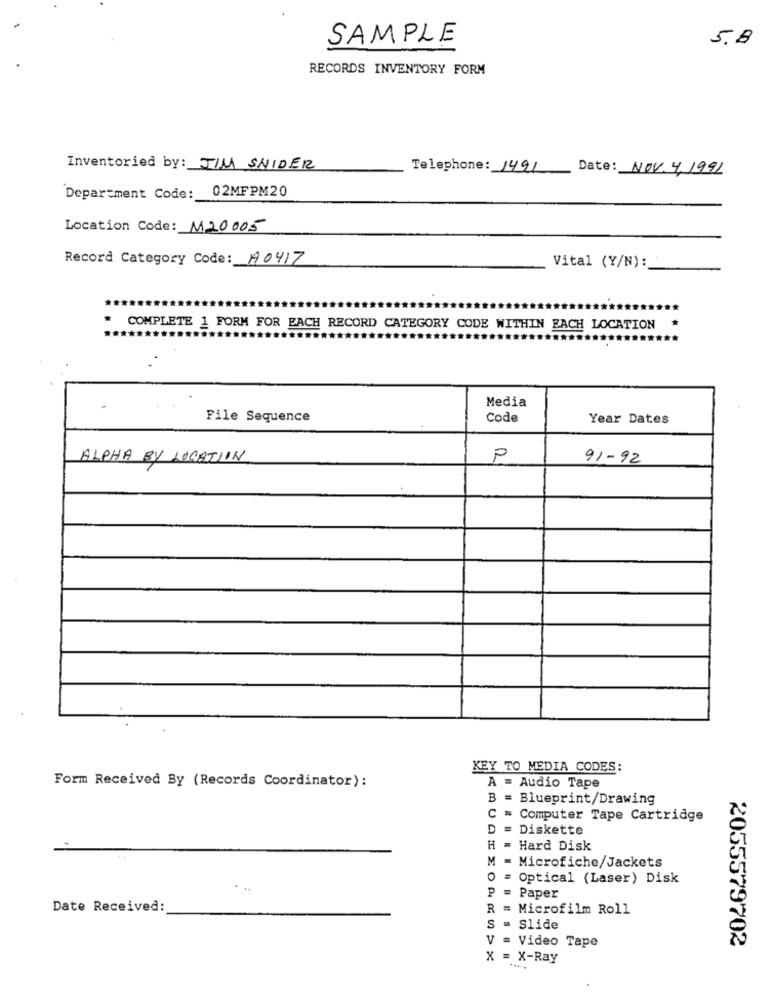
SAMPLE
5.8
RECORDS INVENTORY FORM
Inventoried by: JIM SNIDER
Telephone: 1491
Date: NOV. 4. 1991
Department Code: 02MFPM20
Location Code: M20005
Record Category Code: 1A0417
Vital (Y/N):
COMPLETE 1 FORM FOR EACH RECORD CATEGORY CODE WITHIN EACH LOCATION
Media
File Sequence
Code
Year Dates
ALPHA BY LOCATION
P
91-92
KEY TO MEDIA CODES:
A = Audio Tape
Form Received By (Records Coordinator):
B = Blueprint/Drawing
C # Computer Tape Cartridge
D = Diskette
Hard Disk
M = Microfiche/Jackets
Optical (Laser) Disk
. ..
P = Paper
Date Received:
R
Microfilm Roll
S
Slide
V
Video Tape
2055579702
X = X-Ray